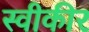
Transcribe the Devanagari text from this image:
स्वीकीर